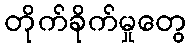
တိုက်ခိုက်မှုတွေ